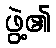
ဖွဲ့၏